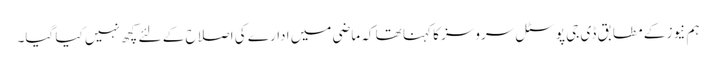
ہم نیوز کے مطابق ڈی جی پوسٹل سروسز کا کہنا تھا کہ ماضی میں ادارے کی اصلاح کے لئے کچھ نہیں کیا گیا۔